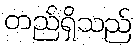
တည်ရှိသည်